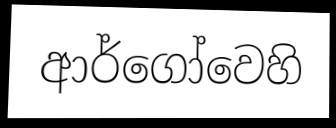
ආර්ගෝවෙහි